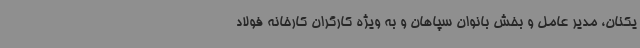
یکنان، مدیر عامل و بخش بانوان سپاهان و به ویژه کارگران کارخانه فولاد